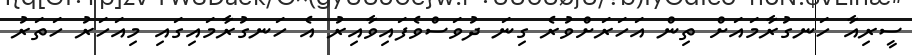
ސީރިއާ ހަނގުރާމައަށް ތިން އަހަރަށްވުރެ ގިނަ ދުވަސްވެފައިވާއިރު އެ ހަނގުރާމައިގައި މިއަހަރު ހަތަރު